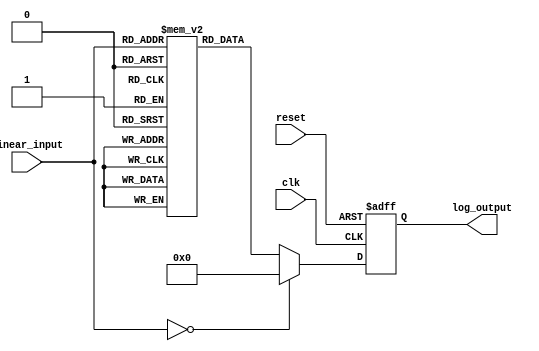
module LogarithmicScalingCircuit (
    input wire [7:0] linear_input,   // 8-bit linear input
    output reg [7:0] log_output,      // 8-bit logarithmic output
    input wire clk,                   // Clock signal
    input wire reset                  // Reset signal
);

    // Lookup table for logarithmic values (base 2) for 1 to 255
    reg [7:0] log_lut [0:255];
    
    initial begin
        // Precompute logarithmic values (base 2) scaled to fit in 8 bits
        log_lut[0] = 8'd0;  // Log(0) case
        log_lut[1] = 8'd0;  // Log(1) = 0
        log_lut[2] = 8'd1;  // Log(2) = 1
        log_lut[3] = 8'd1;  // Log(3)  1.585
        log_lut[4] = 8'd2;  // Log(4) = 2
        log_lut[5] = 8'd2;  // Log(5)  2.321
        log_lut[6] = 8'd2;  // Log(6)  2.585
        log_lut[7] = 8'd3;  // Log(7)  2.807
        log_lut[8] = 8'd3;  // Log(8) = 3
        // Continue filling the LUT for all values up to 255
        // ...
        log_lut[255] = 8'd7;  // Approximation for Log(255)
    end

    always @(posedge clk or posedge reset) begin
        if (reset) begin
            log_output <= 8'd0;  // Reset output to 0
        end else begin
            if (linear_input == 8'd0) begin
                log_output <= 8'd0;  // Handle zero input case
            end else begin
                log_output <= log_lut[linear_input];  // Lookup logarithmic value
            end
        end
    end

endmodule